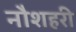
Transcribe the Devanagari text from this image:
नौशहरी